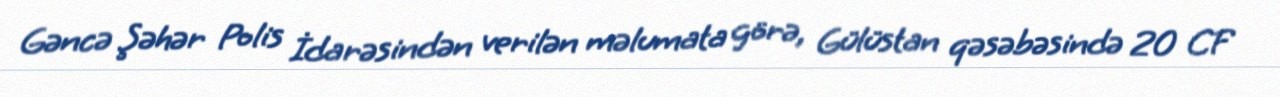
Gəncə Şəhər Polis İdarəsindən verilən məlumata görə, Gülüstan qəsəbəsində 20 CF